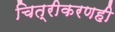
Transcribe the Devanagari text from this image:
चित्रीकरणही